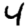
Digit: 4